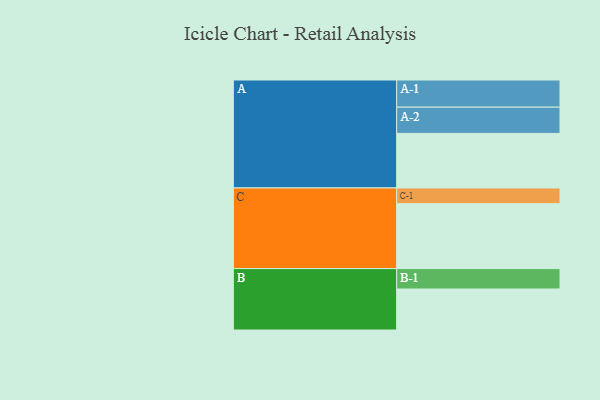
{"axis": {"x": "Segment", "y": "Value"}, "legend": ["", "A", "B", "C"], "data": [{"x": "A", "y": 503, "type": ""}, {"x": "B", "y": 378, "type": ""}, {"x": "C", "y": 598, "type": ""}, {"x": "A-1", "y": 250, "type": "A"}, {"x": "A-2", "y": 242, "type": "A"}, {"x": "B-1", "y": 188, "type": "B"}, {"x": "C-1", "y": 145, "type": "C"}]}